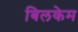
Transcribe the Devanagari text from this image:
बिलकेम